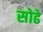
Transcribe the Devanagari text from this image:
सोढे